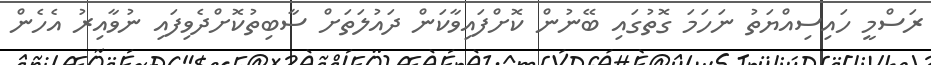
ރަސްމީ ހައިސިއްޔަތު ނަހަމަ ގޮތުގައި ބޭނުން ކޮށްފައިވާކަން ދައުލަތަށް ސާބިތުކޮށްދެވިފައި ނުވާއިރު އެހެން